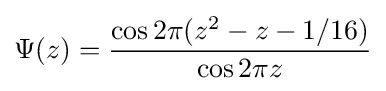
\Psi (z)={\frac {\cos 2\pi (z^{2}-z-1/16)}{\cos 2\pi z}}